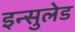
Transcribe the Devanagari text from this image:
इन्सुलेड